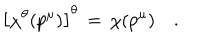
\left[ \chi ^ { \theta } ( p ^ { \mu } ) \right] ^ { \theta } \, = \, \chi ( p ^ { \mu } ) \quad .